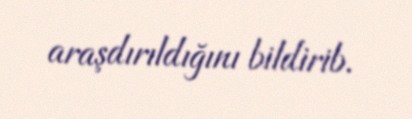
araşdırıldığını bildirib.